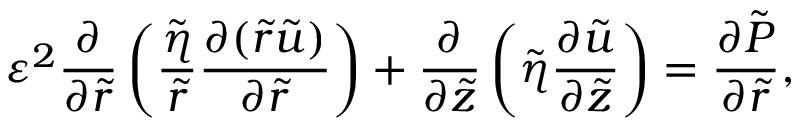
\varepsilon ^ { 2 } \frac { \partial } { \partial \tilde { r } } \left( \frac { \tilde { \eta } } { \tilde { r } } \frac { \partial ( \tilde { r } \tilde { u } ) } { \partial \tilde { r } } \right) + \frac { \partial } { \partial \tilde { z } } \left( \tilde { \eta } \frac { \partial \tilde { u } } { \partial \tilde { z } } \right) = \frac { \partial \tilde { P } } { \partial \tilde { r } } ,